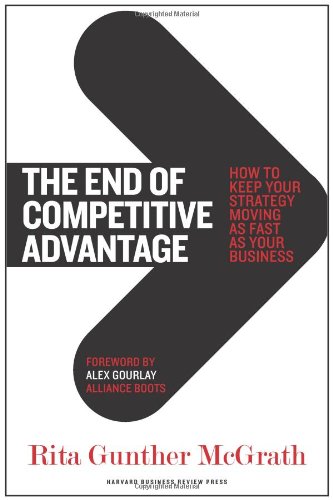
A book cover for The End of Competitive Advantage: How to Keep Your Strategy Moving as Fast as Your Business; Rita Gunther McGrath; Business & Money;